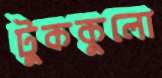
টুককুলো